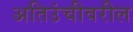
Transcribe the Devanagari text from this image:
अतिउंचीवरील